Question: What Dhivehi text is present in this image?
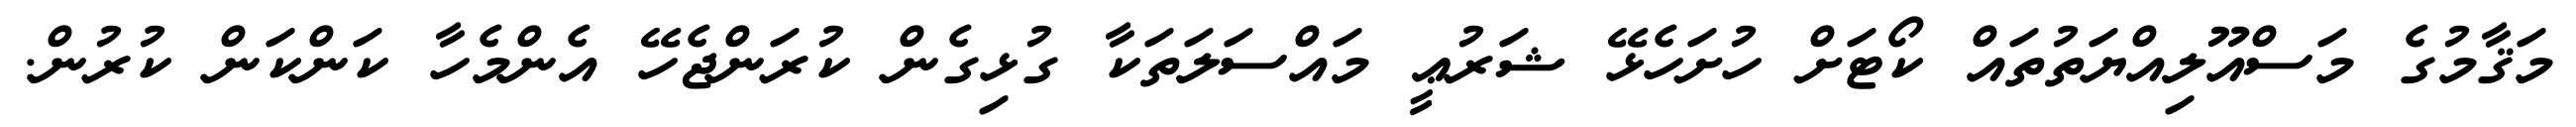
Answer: މަޤާމުގެ މަސްއޫލިއްޔަތުތައް ކޯޓަށް ހުށަހެޅޭ ޝަރުޢީ މައްސަލަތަކާ ގުޅިގެން ކުރަންޖެހޭ އެންމެހާ ކަންކަން ކުރުން.